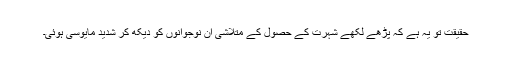
حقیقت تو یہ ہے کہ پڑھے لکھے شہرت کے حصول کے متلاشی ان نوجوانوں کو دیکھ کر شدید مایوسی ہوئی۔